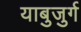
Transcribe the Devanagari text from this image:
याबुजुर्ग